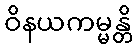
ဝိနယကမ္မန္တိ